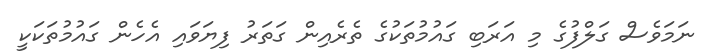
ނަމަވެސް ގަލްފުގެ މި އަރަބި ގައުމުތަކުގެ ތެރެއިން ގަތަރު ފިޔަވައި އެހެން ގައުމުތަކަކީ